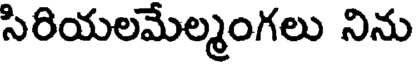
సిరియలమేల్మంగలు నిను